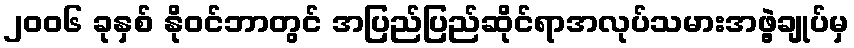
၂၀၀၆ ခုနှစ် နိုဝင်ဘာတွင် အပြည်ပြည်ဆိုင်ရာအလုပ်သမားအဖွဲ့ချုပ်မှ